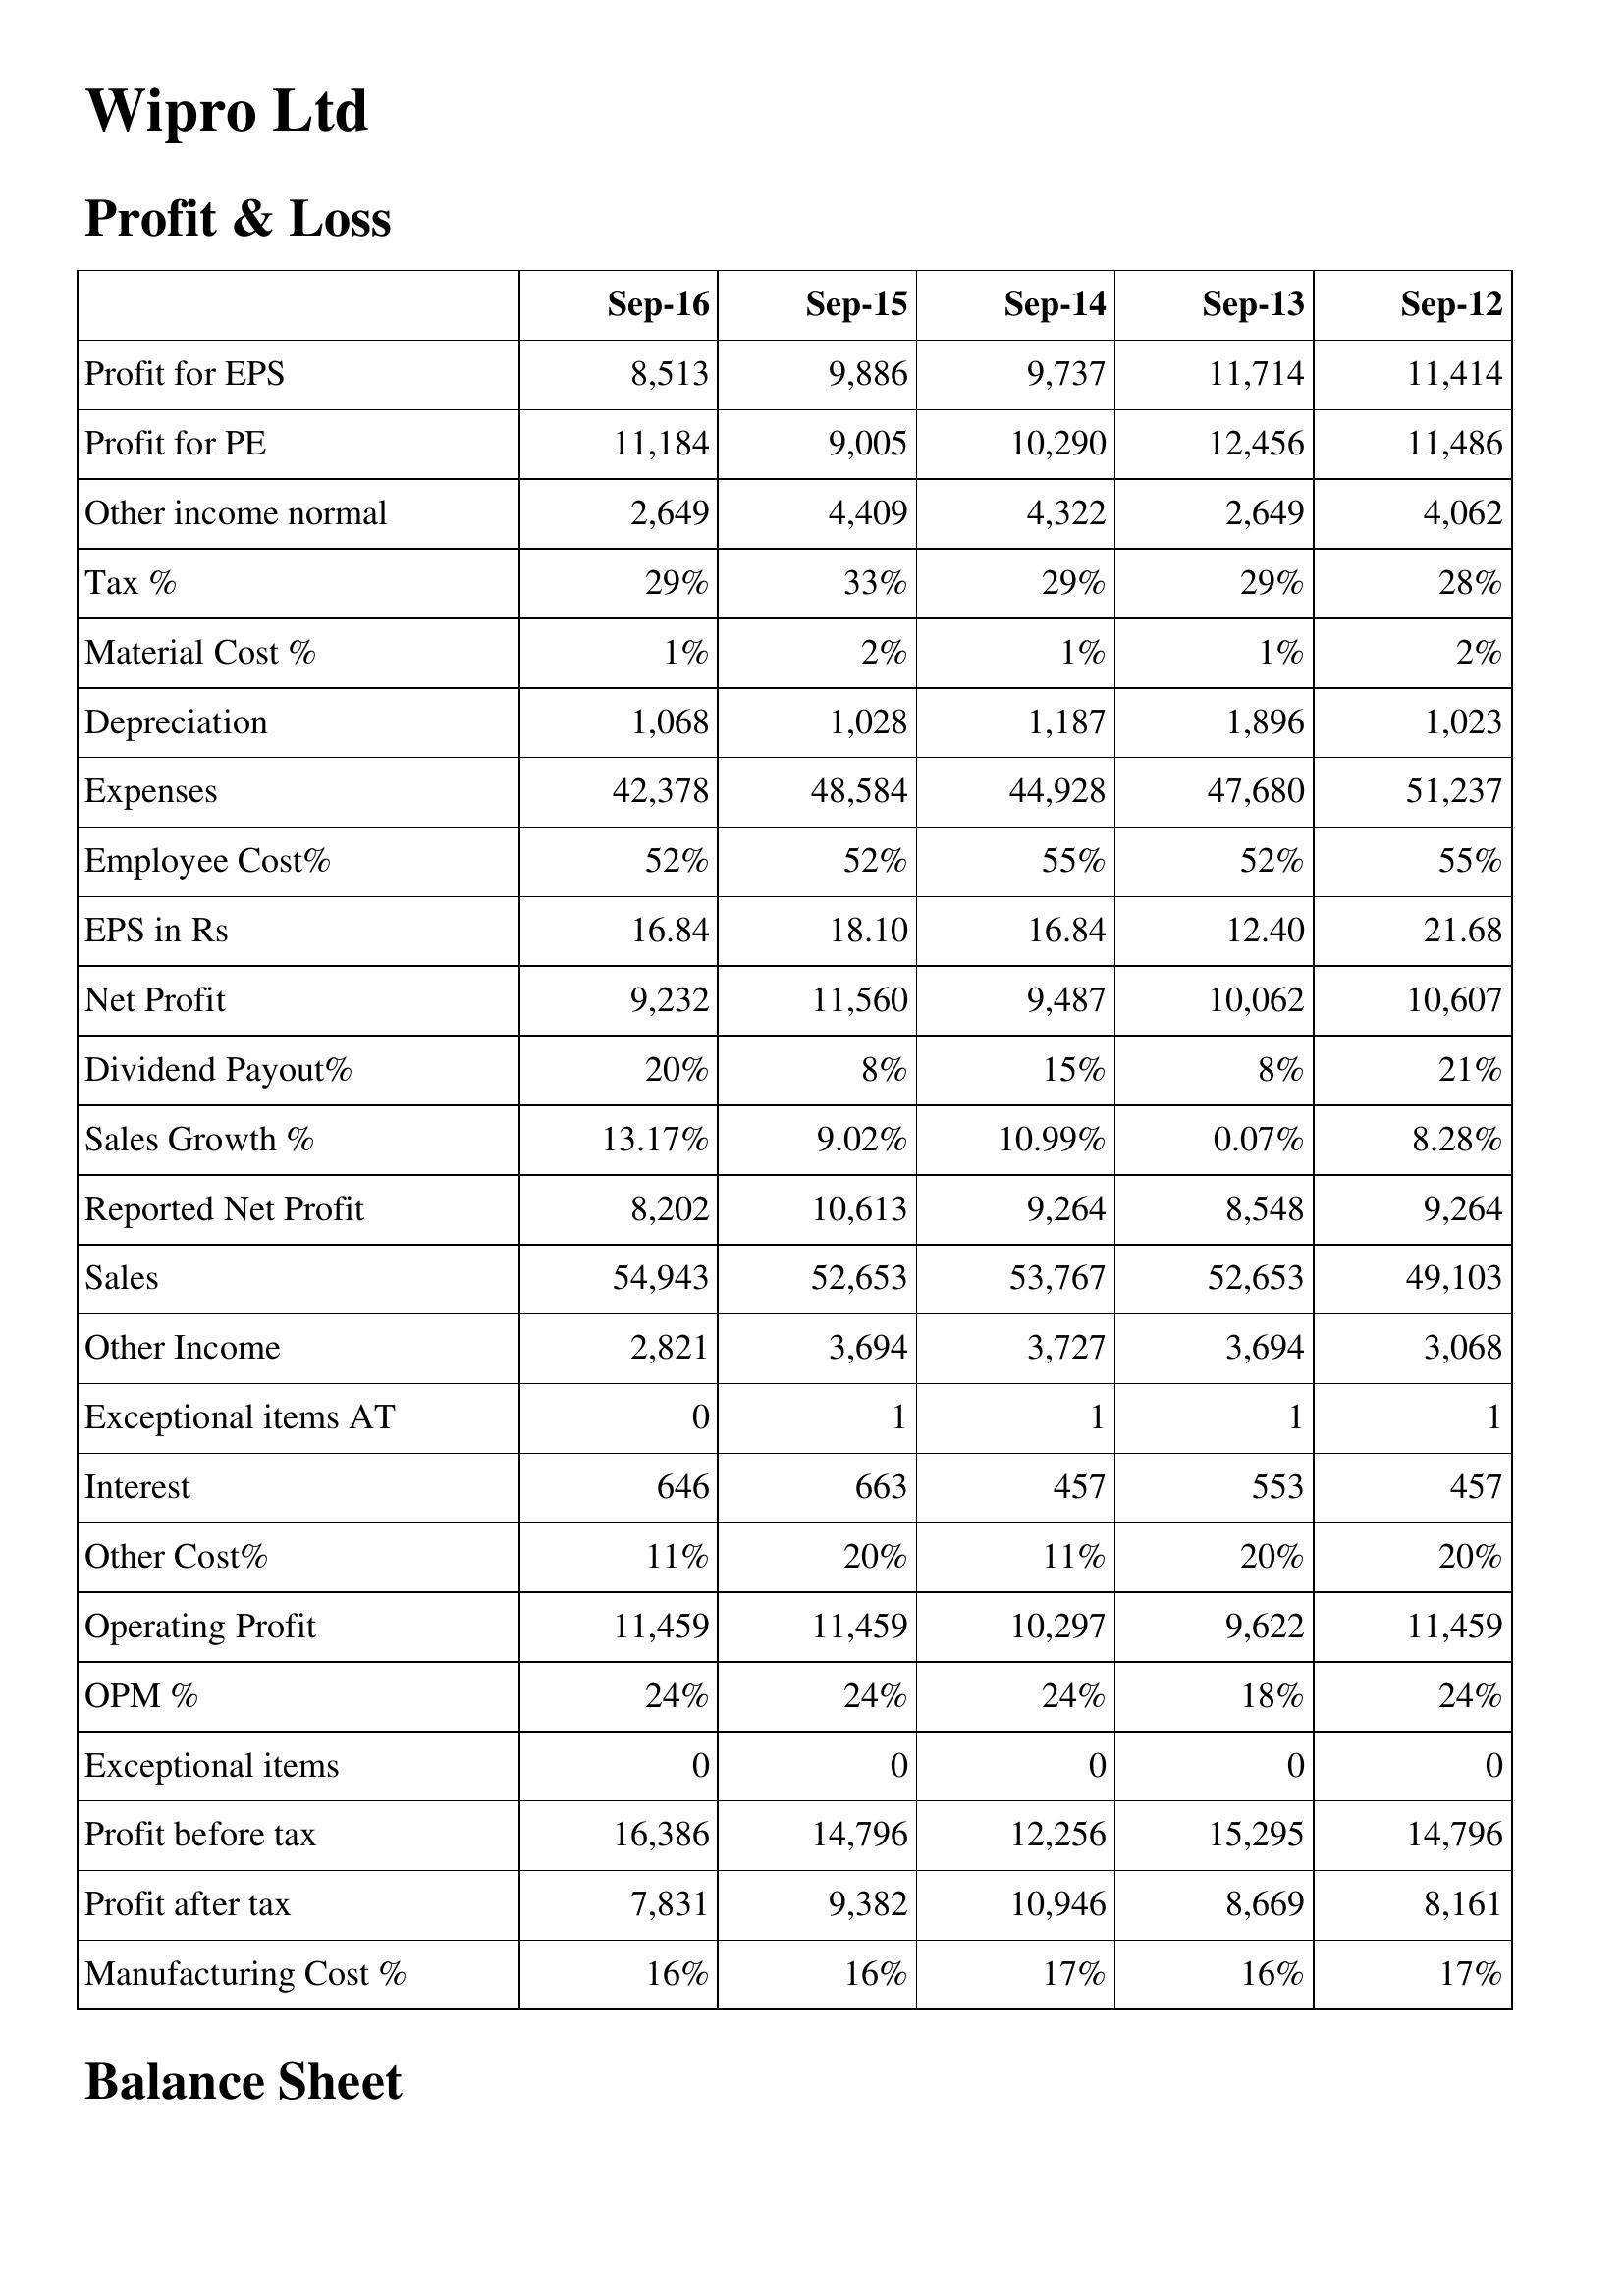
Sep-16: Profit & Loss: Profit for EPS: 8,513
Profit for PE: 11,184
Other income normal: 2,649
Tax %: 29%
Material Cost %: 1%
Depreciation: 1,068
Expenses: 42,378
Employee Cost%: 52%
EPS in Rs: 16.84
Net Profit: 9,232
Dividend Payout%: 20%
Sales Growth %: 13.17%
Reported Net Profit: 8,202
Sales: 54,943
Other Income: 2,821
Exceptional items AT: 0
Interest: 646
Other Cost%: 11%
Operating Profit: 11,459
OPM %: 24%
Exceptional items: 0
Profit before tax: 16,386
Profit after tax: 7,831
Manufacturing Cost %: 16%
Sep-15: Profit & Loss: Profit for EPS: 9,886
Profit for PE: 9,005
Other income normal: 4,409
Tax %: 33%
Material Cost %: 2%
Depreciation: 1,028
Expenses: 48,584
Employee Cost%: 52%
EPS in Rs: 18.10
Net Profit: 11,560
Dividend Payout%: 8%
Sales Growth %: 9.02%
Reported Net Profit: 10,613
Sales: 52,653
Other Income: 3,694
Exceptional items AT: 1
Interest: 663
Other Cost%: 20%
Operating Profit: 11,459
OPM %: 24%
Exceptional items: 0
Profit before tax: 14,796
Profit after tax: 9,382
Manufacturing Cost %: 16%
Sep-14: Profit & Loss: Profit for EPS: 9,737
Profit for PE: 10,290
Other income normal: 4,322
Tax %: 29%
Material Cost %: 1%
Depreciation: 1,187
Expenses: 44,928
Employee Cost%: 55%
EPS in Rs: 16.84
Net Profit: 9,487
Dividend Payout%: 15%
Sales Growth %: 10.99%
Reported Net Profit: 9,264
Sales: 53,767
Other Income: 3,727
Exceptional items AT: 1
Interest: 457
Other Cost%: 11%
Operating Profit: 10,297
OPM %: 24%
Exceptional items: 0
Profit before tax: 12,256
Profit after tax: 10,946
Manufacturing Cost %: 17%
Sep-13: Profit & Loss: Profit for EPS: 11,714
Profit for PE: 12,456
Other income normal: 2,649
Tax %: 29%
Material Cost %: 1%
Depreciation: 1,896
Expenses: 47,680
Employee Cost%: 52%
EPS in Rs: 12.40
Net Profit: 10,062
Dividend Payout%: 8%
Sales Growth %: 0.07%
Reported Net Profit: 8,548
Sales: 52,653
Other Income: 3,694
Exceptional items AT: 1
Interest: 553
Other Cost%: 20%
Operating Profit: 9,622
OPM %: 18%
Exceptional items: 0
Profit before tax: 15,295
Profit after tax: 8,669
Manufacturing Cost %: 16%
Sep-12: Profit & Loss: Profit for EPS: 11,414
Profit for PE: 11,486
Other income normal: 4,062
Tax %: 28%
Material Cost %: 2%
Depreciation: 1,023
Expenses: 51,237
Employee Cost%: 55%
EPS in Rs: 21.68
Net Profit: 10,607
Dividend Payout%: 21%
Sales Growth %: 8.28%
Reported Net Profit: 9,264
Sales: 49,103
Other Income: 3,068
Exceptional items AT: 1
Interest: 457
Other Cost%: 20%
Operating Profit: 11,459
OPM %: 24%
Exceptional items: 0
Profit before tax: 14,796
Profit after tax: 8,161
Manufacturing Cost %: 17%